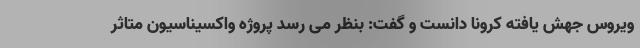
ویروس جهش یافته کرونا دانست و گفت: بنظر می رسد پروژه واکسیناسیون متاثر